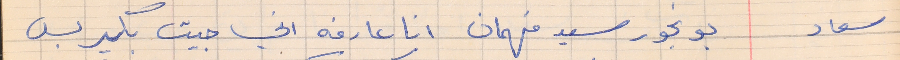
سعاد     بونجور سيد فهمان انا عارفه اني جيت بكير بس